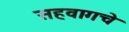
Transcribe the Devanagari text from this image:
सहवागचे